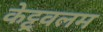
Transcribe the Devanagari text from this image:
केट्टूवलम